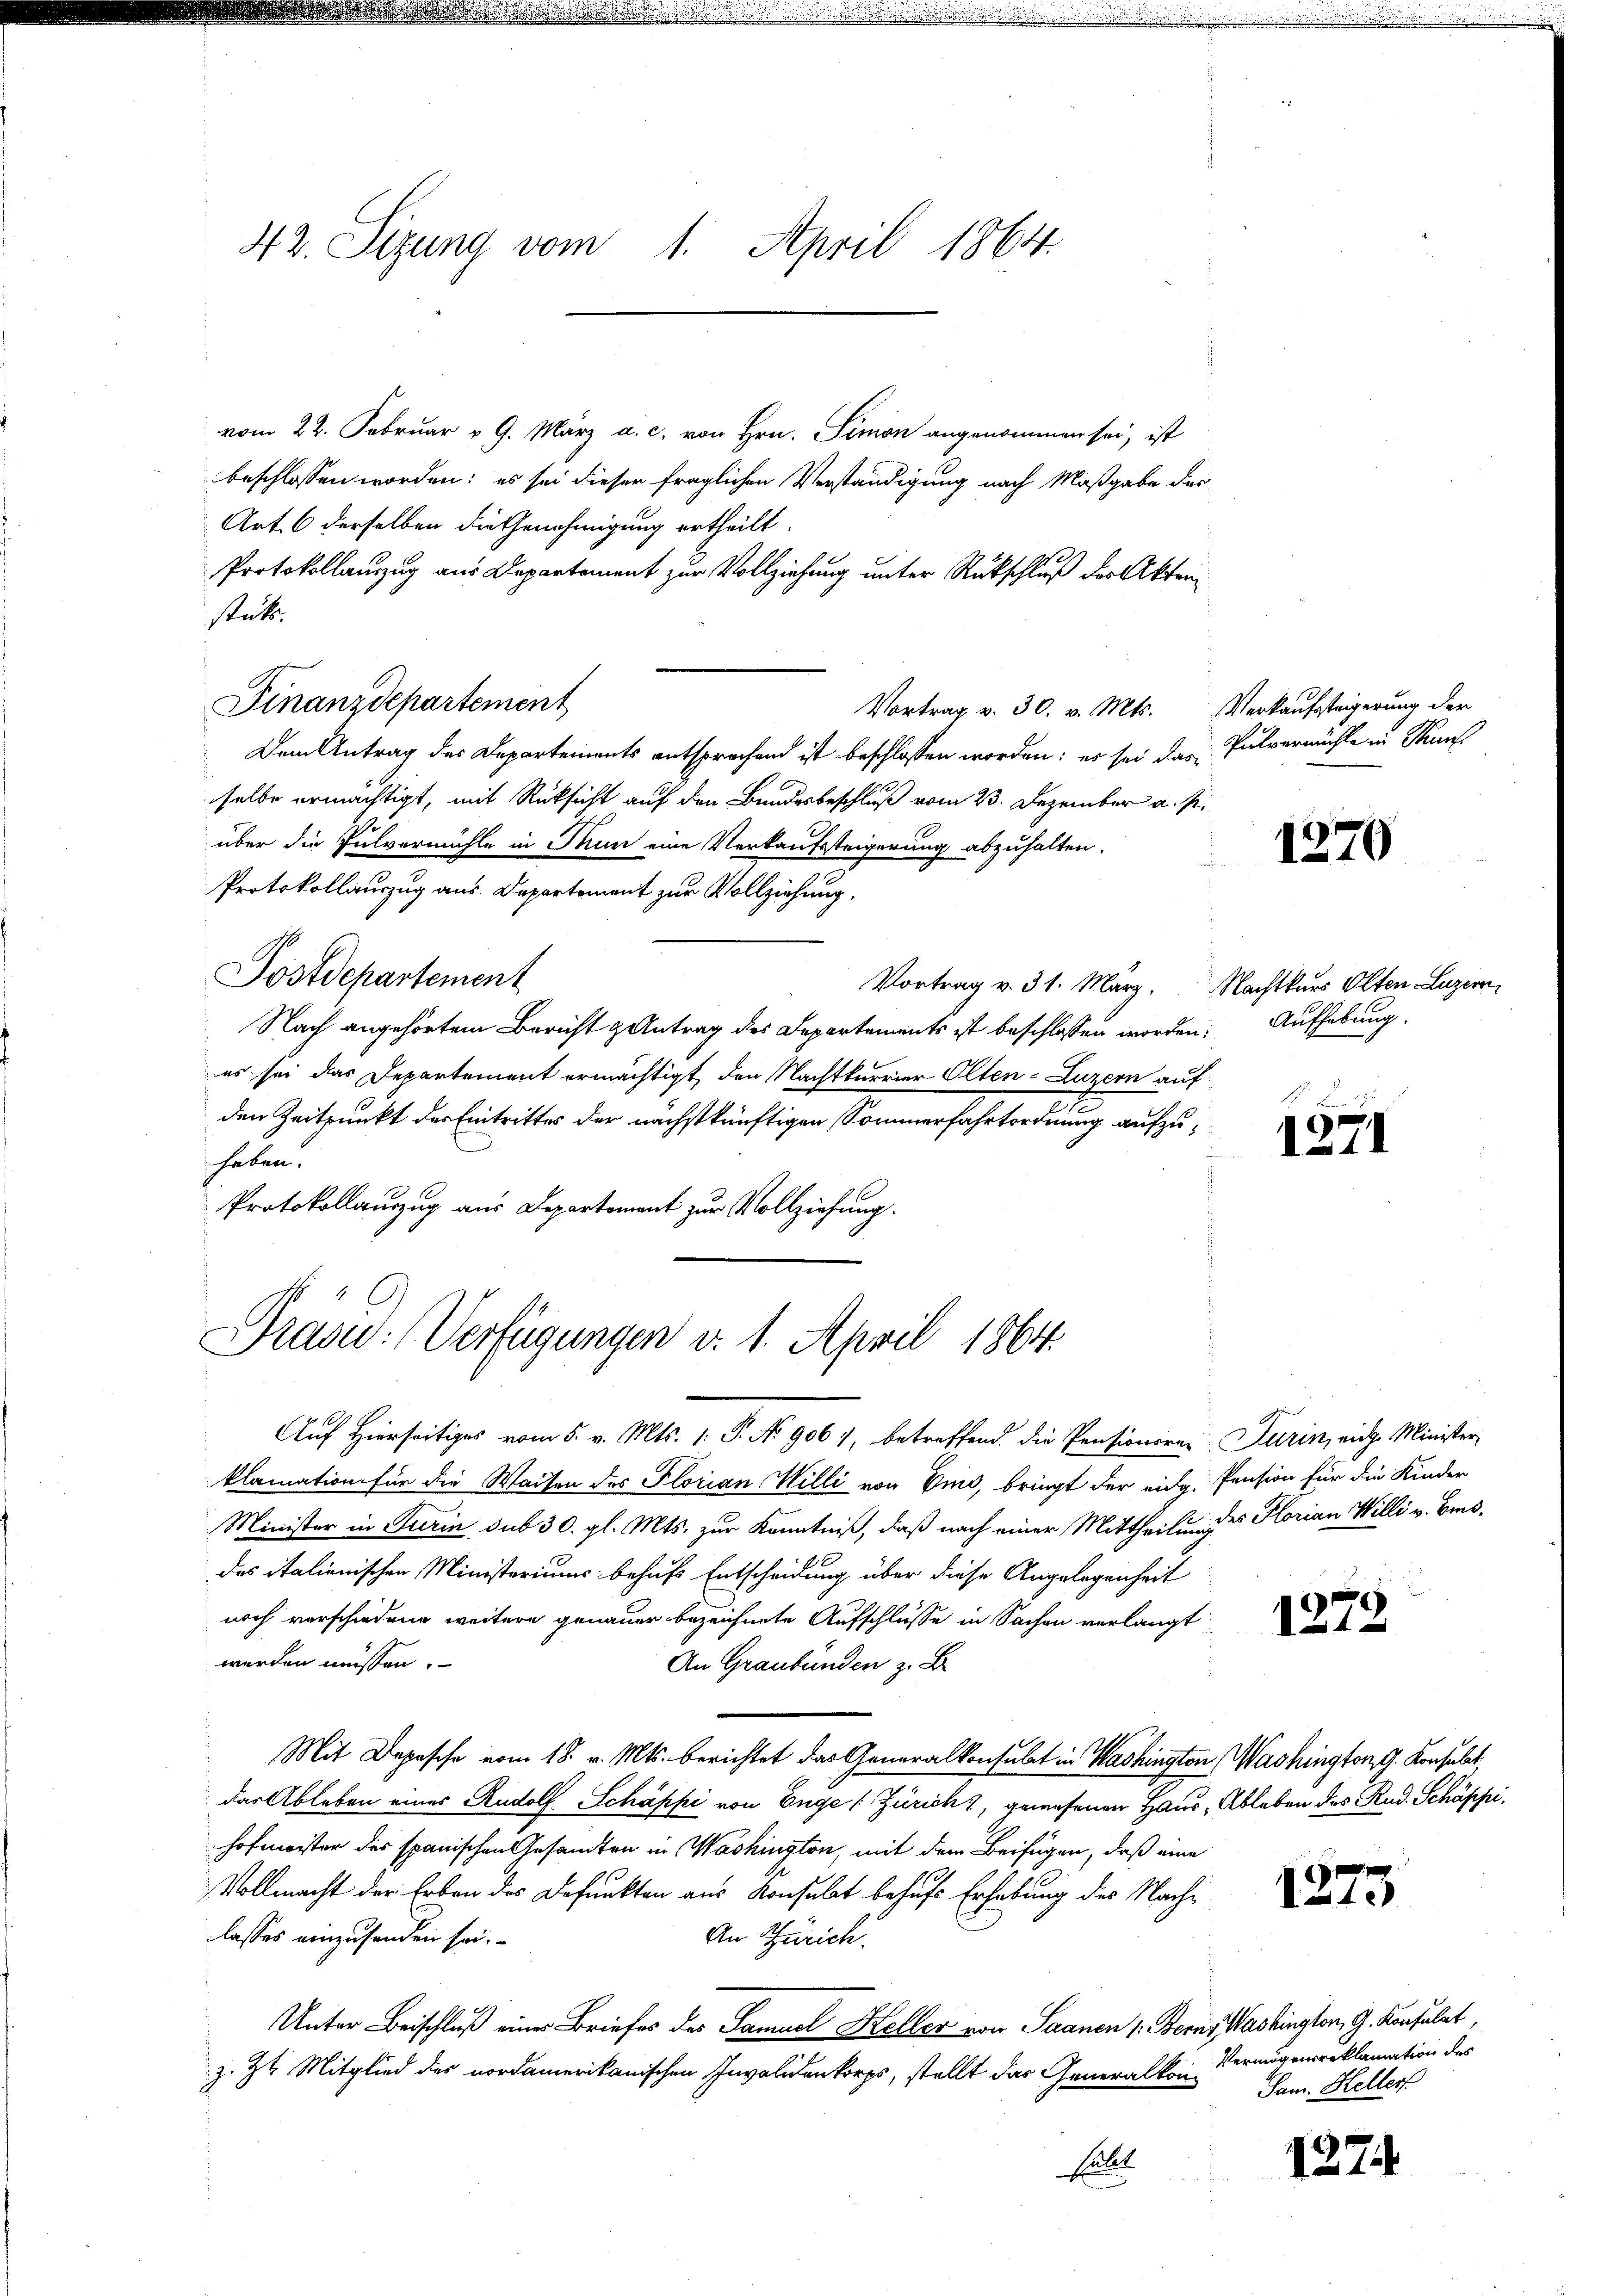
42. Sizung vom 1. April 1864.

vom 22. Februar v. 9. März a. c. von Hrn. Simon angenommen sei, ist
beschlossen worden; es sei dieser fraglichen Verständigung nach Maßgabe der
Art. 6 derselben die Genehmigung ertheilt.
Protokollauszug aus Departement zur Vollziehung unter Rückschluß des Aktenstük.
Finanzdepartement
Vortrag v. 30. v. Mts. Verkaufsteigerung der
Dem Antrag des Departements entsprechend ist beschlossen worden; es sei das Pulvermühle in Stun
selbe ermächtigt, mit Rücksicht auf den Bundesbeschluß vom 23. Dezember a. p.
über die Pulvermühle in Thun eine Verkaufssteigerung abzuhalten.
Protokollauszug aus Departement zur Vollziehung,
Postdepartement
Vortrag v. 31. März. Nachtkurs Olten Luzern,
Nach angehörtem Bericht & Antrag des Departements ist beschlossen worden. Aufhebung.
es sei das Departement ermächtigt, den Nachtkurrier Olten-Luzern auf
den Zeitpunkt des Eintrittes der nächstkünftigen Sommerfahrtordnung aufzuhaben.
Protokollauszug aus Departement zur Vollziehung.

Präsid.: (Verfügungen v. 1. April 1864.

.

Auf Hierseitiges vom 5. v. Mts. 1. P. No 9061, betreffend die Pensionsra-Turin, eidg. Minister
klamation für die Waisen des Florian Willi von Emo, bringt der eidg. Pension für die Kinder
Minister in Turin sub 30. gl. Mts. zur Kenntniß, daß nach einer Mittheilunges Horian Willi v. Besdas italienischen Ministeriums behufs Entscheidung über diese Angelegenheit
noch verschiedene weitere genauer bezeichnete Aufschlüsse in Sachen verlangt
werden müssen.
An Graubünden z. B.
Mit Depesche vom 18. v. Mts. berichtet das Generalkonsulat in Washington Washington G. Konsulat,
das Ableben eines Rudolf Schäppi von Enge (Zürich, gewesenen Haus Ableben des Rud. Schäppi,
hofmeister des spanischen Gesamten in Washington, mit dem Beifügen, daß eine
Vollmacht der Erben des Befunkten aus Konsulat behufs Erhebung des Nachlasses einzusenden sei.
An Zürich.
Unter Beschluß eines Briefes des Samuel Heller von Saanen 1. Berns Washington, G. Konsulat
z. Zt. Mitglied des nordamerikanischen Invalidenkorps, stellt das Generalkon Vermögensreklamation des
Eulet

1270

1271

1273

1273

127.

Sam. Heller